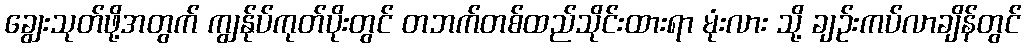
ချွေးသုတ်ဖို့အတွက် ကျွန်ုပ်ကုတ်ပိုးတွင် တဘက်တစ်ထည်သိုင်းထားရာ မုံးလား သို့ ချဉ်းကပ်လာချိန်တွင်